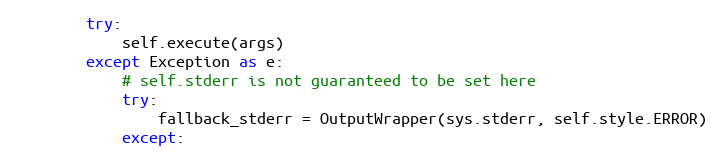
Language: Python
        try:
            self.execute(args)
        except Exception as e:
            # self.stderr is not guaranteed to be set here
            try:
                fallback_stderr = OutputWrapper(sys.stderr, self.style.ERROR)
            except: